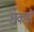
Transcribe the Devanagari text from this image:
छ्कड़ों